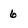
Character: 6